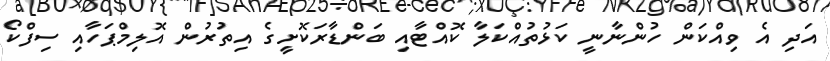
އަދި އެ ވިއްކަން ހުންނާނީ ކަޅުތުއްކަލާ ކޮއްޓާއި ބަންޑާރަކޮށީގެ އިތުރުން އޮލިމްޕަހާއި ސިފްކޯ